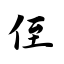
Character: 侄